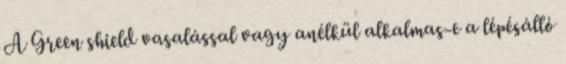
A Green shield vasalással vagy anélkül alkalmas-e a lépésálló